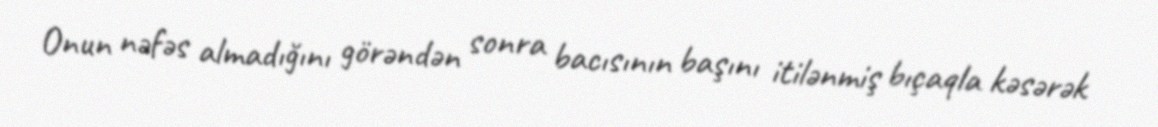
Onun nəfəs almadığını görəndən sonra bacısının başını itilənmiş bıçaqla kəsərək